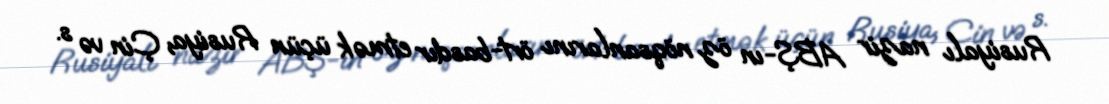
Rusiyalı nazir ABŞ-ın öz nöqsanlarını ört-basdır etmək üçün Rusiya, Çin və s.